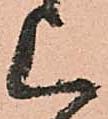
上